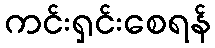
ကင်းရှင်းစေရန်